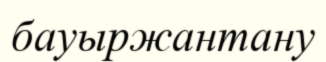
бауыржантану